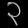
Digit: ၃